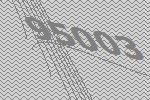
95003